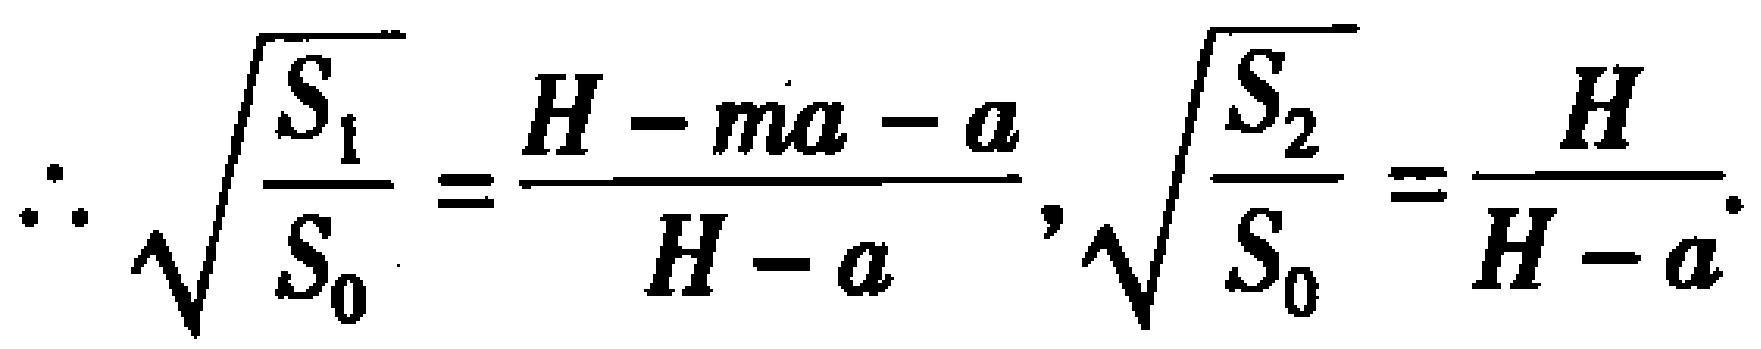
\[\therefore \sqrt{\frac{S_{1}}{S_{0}}}=\frac{H - ma - a}{H - a},\sqrt{\frac{S_{2}}{S_{0}}}=\frac{H}{H - a}.\]